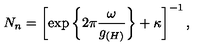
N _ { n } = \left[ \exp \left\{ 2 \pi \frac { \omega } { g _ { ( H ) } } \right\} + \kappa \right] ^ { - 1 } ,